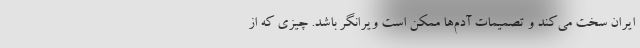
ایران سخت می‌کند و تصمیمات آدم‌ها ممکن است ویرانگر باشد. چیزی که از